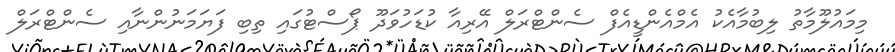
މިމައުލޫމާތު ލިބުމާއެކު އެމްއެންޑީއެފް ސެންޓްރަލް އޭރިއާ ކުޑަހުވަދޫ ޕޯސްޓުގައި ތިބި ފަޔަމަނުންނާއި ސެންޓްރަލް